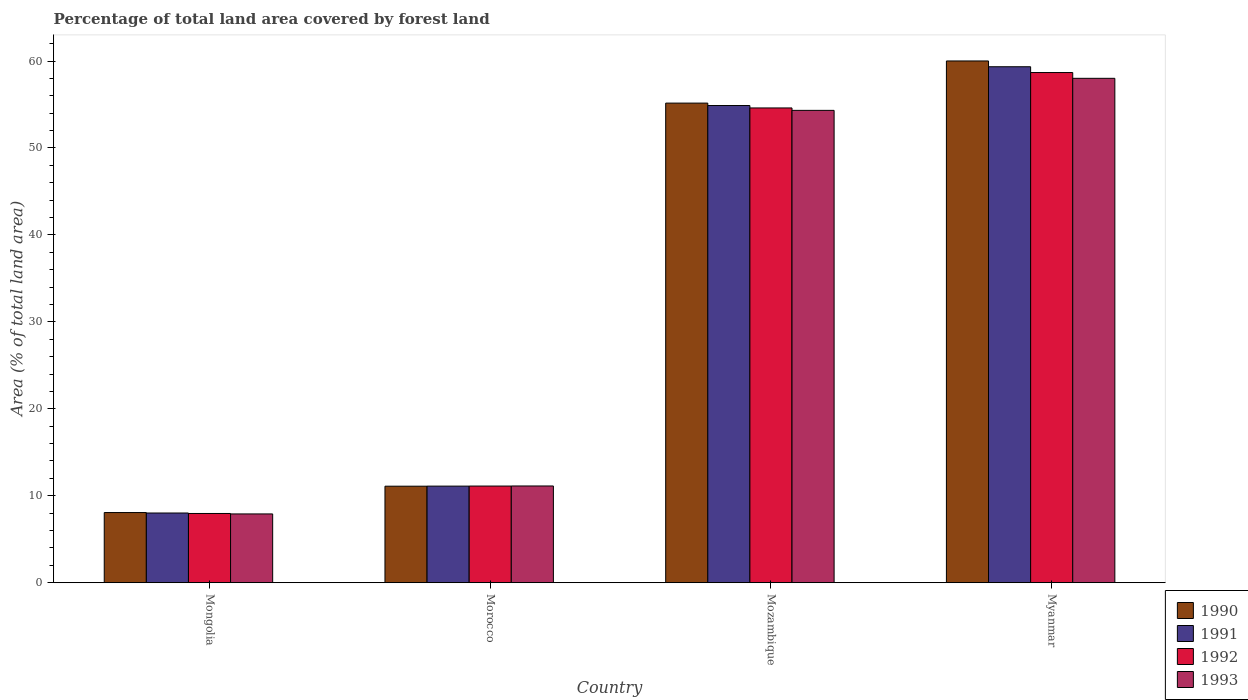
| Country | 1990 | 1991 | 1992 | 1993 |
 | --- | --- | --- | --- | --- |
 | Mongolia | 8.07 | 8.02 | 7.96 | 7.91 |
 | Morocco | 11.1 | 11.1 | 11.1 | 11.1 |
 | Mozambique | 55.2 | 54.9 | 54.6 | 54.3 |
 | Myanmar | 60 | 59.3 | 58.7 | 58 |